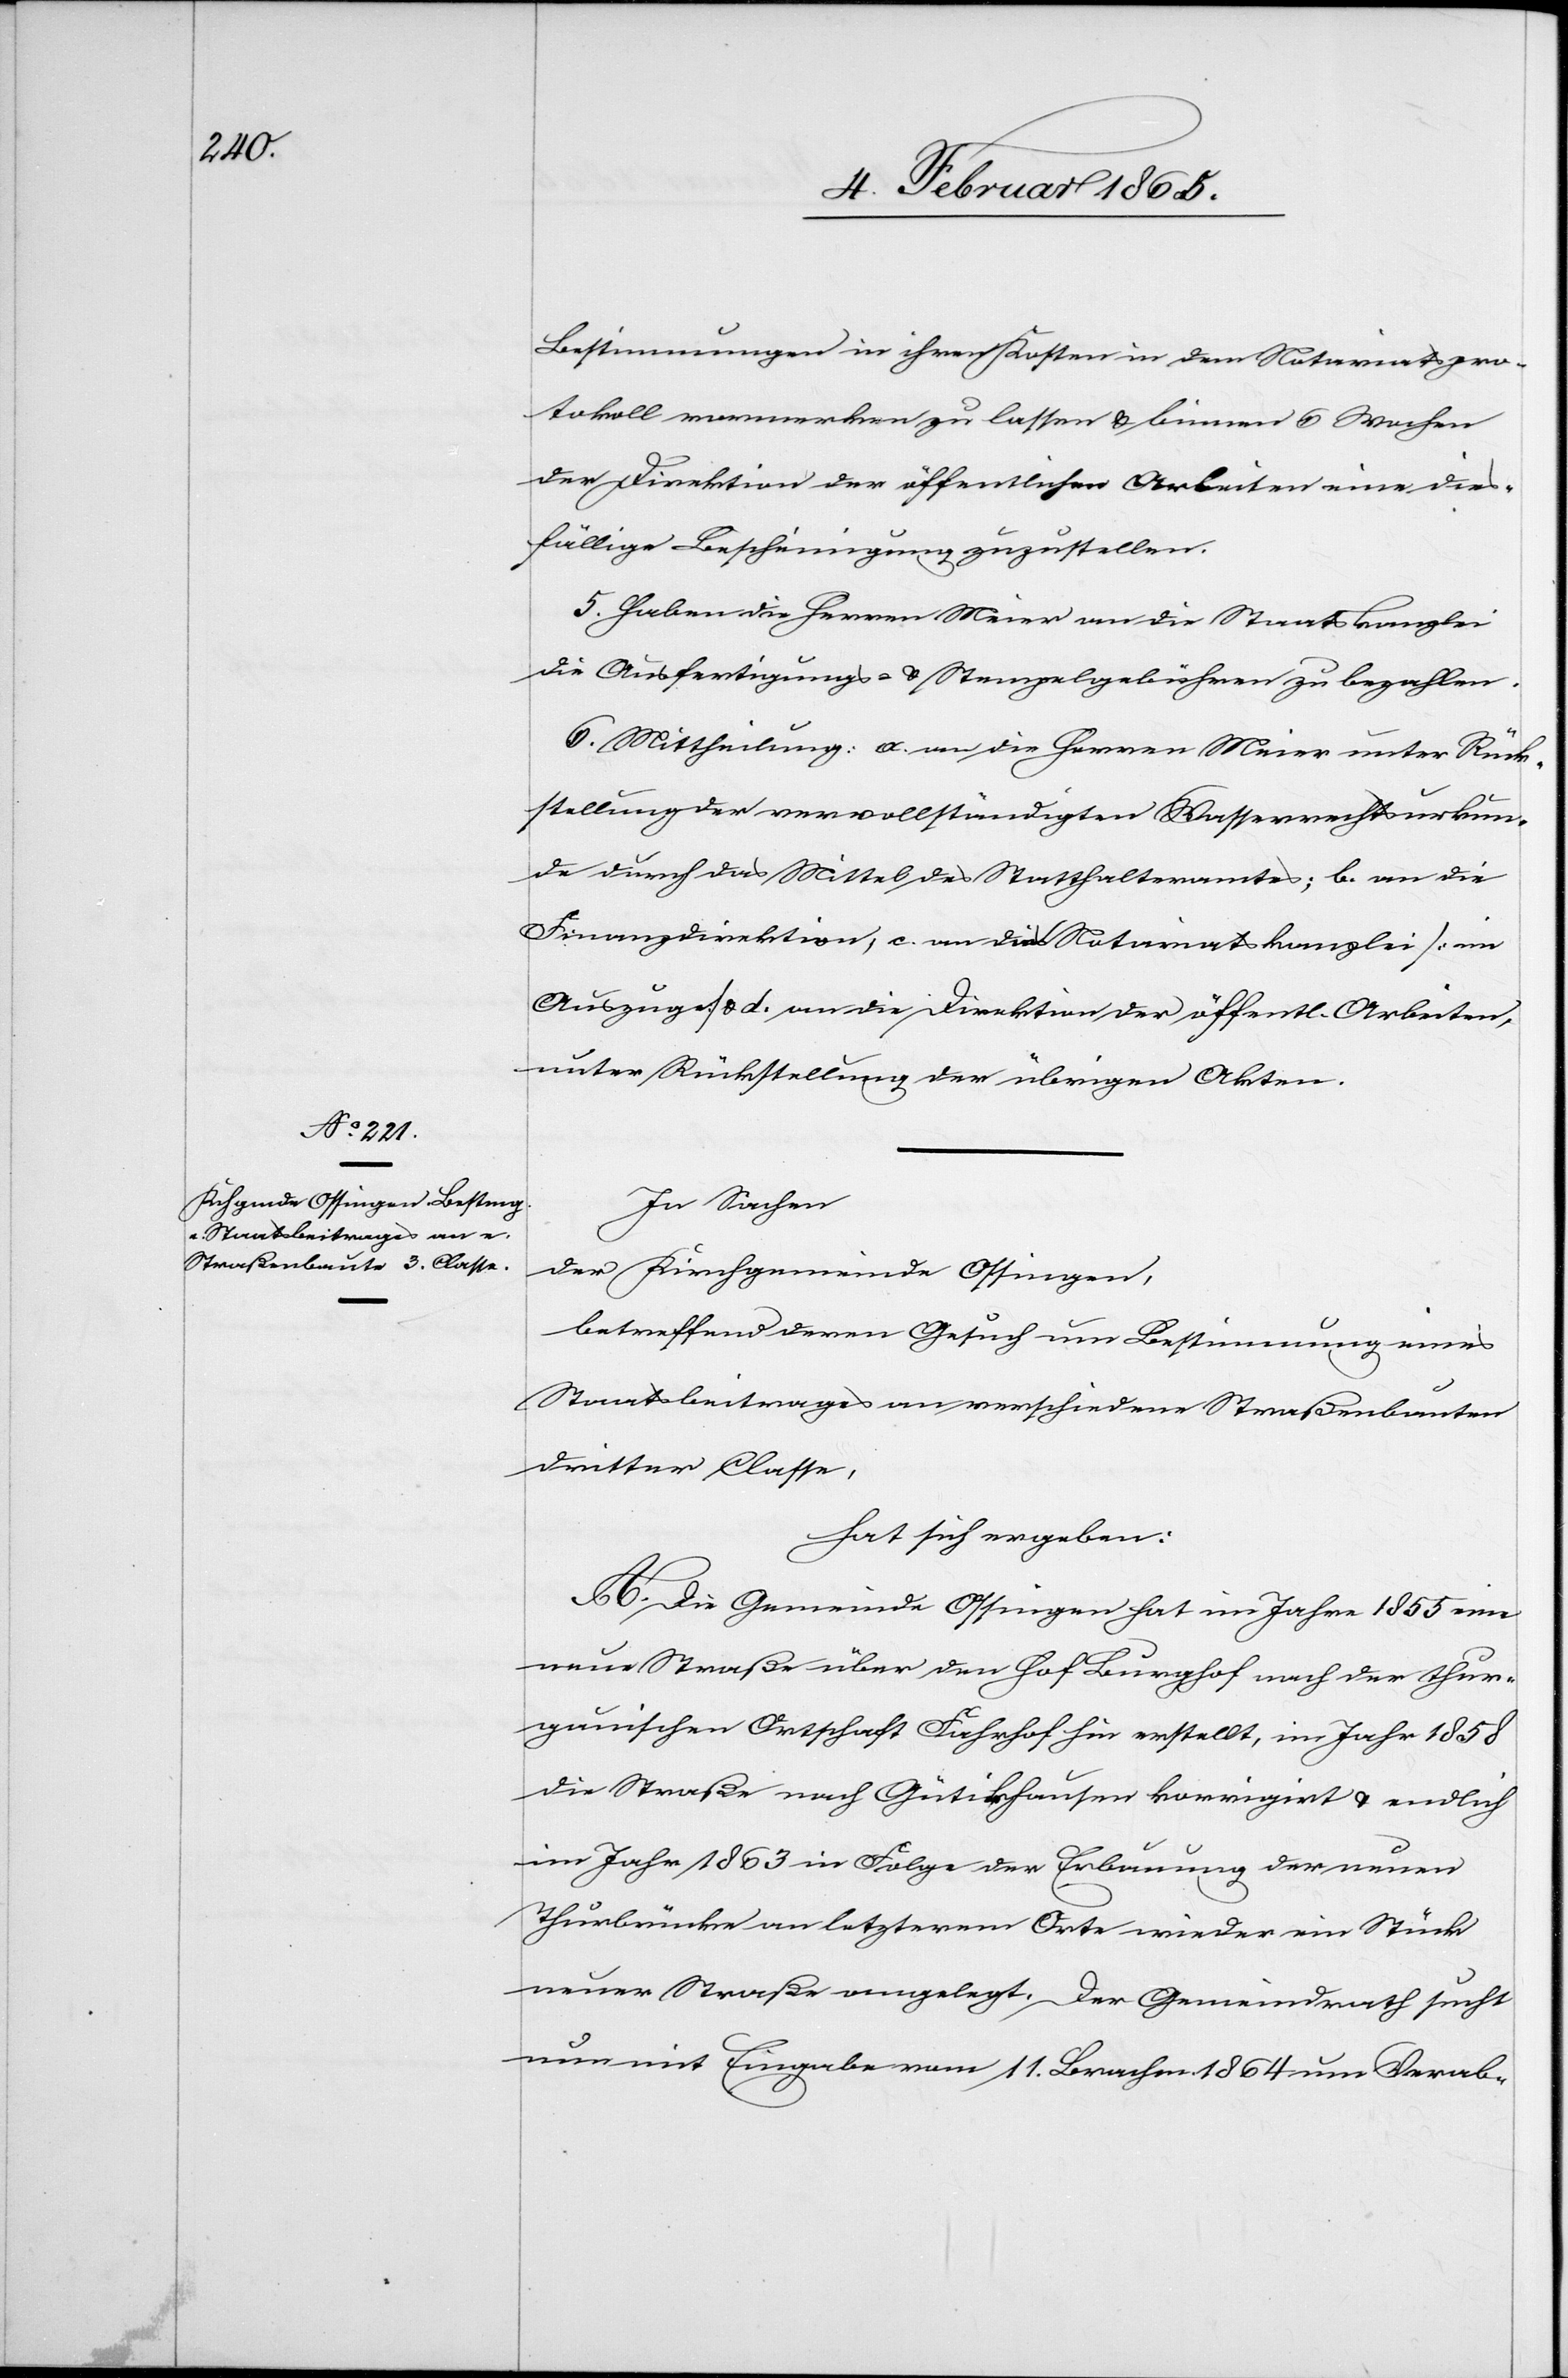
Bestimmungen in ihren Kosten in dem Notariatspro¬
tokoll vormerken zu lassen u. binnen 6 Wochen
der Direktion der öffentlichen Arbeiten eine dies¬
fällige Bescheinigung zuzustellen.
5. Haben die Herren Meier an die Staatskanzlei
die Ausfertigungs- u. Stempelgebühren zu bezahlen.
6. Mittheilung: a. an die Herren Meier unter Rück¬
stellung der vervollständigten Wasserrechtsurkun¬
de durch das Mittel des Statthalteramtes; b. an die
Finanzdirektion, c. an die Notariatskanzlei [im
Auszuge] u. d. an die Direktion der öffentl. Arbeiten,
unter Rückstellung der übrigen Akten.
In Sachen
der Kirchgemeinde Ossingen,
betreffend deren Gesuch um Bestimmung eines
Staatsbeitrages an verschiedene Straßenbauten
dritter Classe,
hat sich ergeben:
A. Die Gemeinde Ossingen hat im Jahre 1855 eine
neue Straße über den Hof Burghof nach der thur¬
gauischen Ortschaft Fahrhof hin erstellt, im Jahr 1858
die Straße nach Gütikhausen korrigirt u. endlich
im Jahr 1863 in Folge der Erbauung der neuen
Thurbrücke an letzterem Orte wieder ein Stück
neuer Straße angelegt. Der Gemeindrath sucht
nun mit Eingabe vom 11. Brachm. 1864 um Verab-